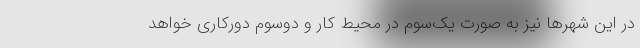
در این شهرها نیز به صورت یک‌سوم در محیط کار و دوسوم دورکاری خواهد